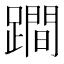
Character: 𨅍